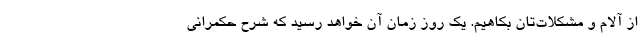
از آلام و مشکلات‌تان بکاهیم. یک روز زمان آن خواهد رسید که شرح حکمرانی